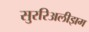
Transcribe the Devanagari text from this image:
सुररिअलीझम